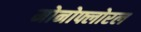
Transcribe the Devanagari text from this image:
मोनोफ्लोरल